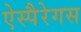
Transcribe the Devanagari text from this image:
ऐस्पैरेगस